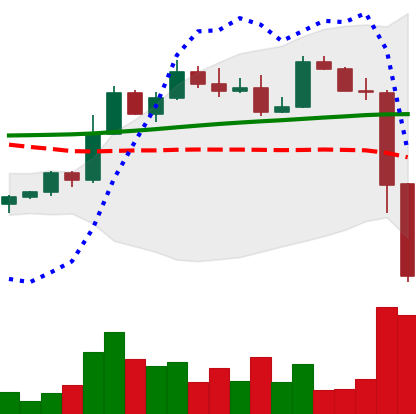
Ticker: ETH-USD
Chart end date: 2022-11-09
Forward return: 12.856%
Label: up_7plus